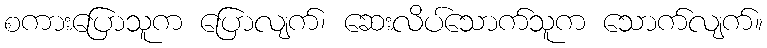
စကားပြောသူက ပြောလျက်၊ ဆေးလိပ်သောက်သူက သောက်လျက်။